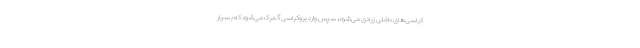
کراسی‌های داخلی زیادی می‌شود، سپس وارد بروکراسی گمرک می‌شود که بسیار